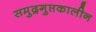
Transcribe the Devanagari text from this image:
समुद्रगुप्तकालीन